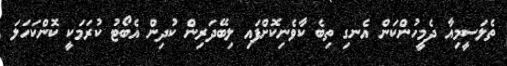
ތެލަސީމިއާ ދެމީހުންކަން އެނގި ތިބެ ކާވެނިކޮށްފައި ލިބޭދަރިން ކުދިން އެބޯޓު ކުރަމަކީ ކޮންކަހަލަ